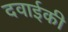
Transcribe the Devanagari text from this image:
दवाईकी